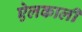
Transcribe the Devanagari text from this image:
ऐलकाली